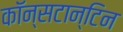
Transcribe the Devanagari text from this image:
कॉन्सटान्टिन